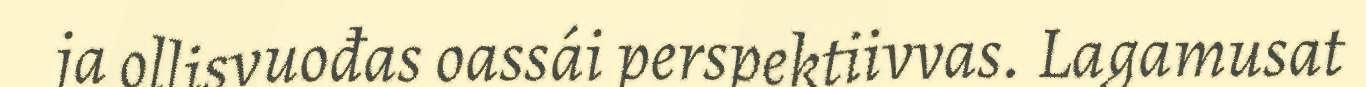
ja ollisvuođas oassái perspektiivvas. Lagamusat